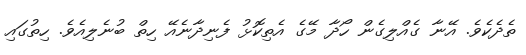
ތެދެކެވެ. އޭނާ ގެއްލިގެން ހޯދާ މޭގެ އެތިކޮޅު ފެނިދާނެއޭ ހިތް ބުނެލިއެވެ. ހިތުގައި